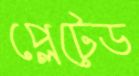
প্লেটেড